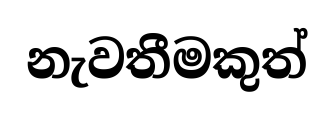
නැවතීමකුත්